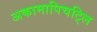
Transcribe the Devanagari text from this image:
अकामापिचट्लि